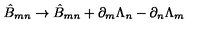
\hat { B } _ { m n } \rightarrow \hat { B } _ { m n } + \partial _ { m } \Lambda _ { n } - \partial _ { n } \Lambda _ { m }